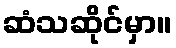
ဆံသဆိုင်မှာ။